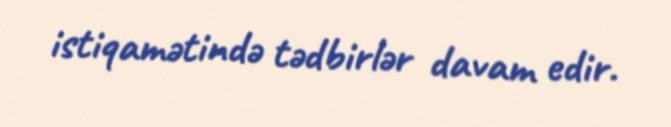
istiqamətində tədbirlər davam edir.